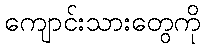
ကျောင်းသားတွေကို